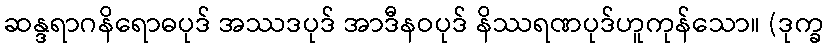
ဆန္ဒရာဂနိရောဓပုဒ် အဿဒပုဒ် အာဒီနဝပုဒ် နိဿရဏပုဒ်ဟူကုန်သော။ (ဒုက္ခ